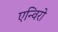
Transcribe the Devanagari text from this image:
एन्विरो